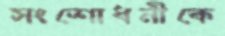
সংশোধনীকে